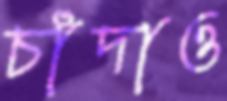
চাঁদাও